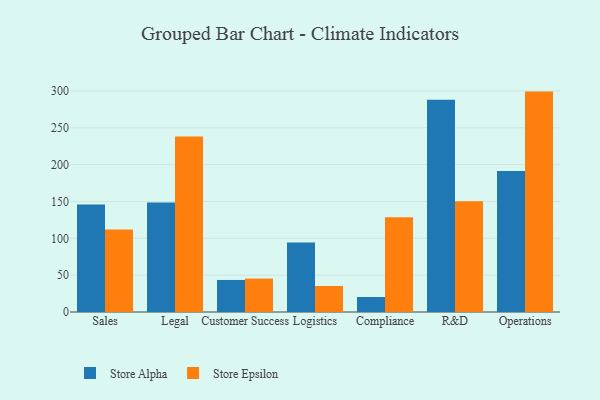
{"axis": {"x": "Department", "y": "Tickets Resolved"}, "legend": ["Store Alpha", "Store Epsilon"], "data": [{"x": "Sales", "y": 145.9, "type": "Store Alpha"}, {"x": "Sales", "y": 111.9, "type": "Store Epsilon"}, {"x": "Legal", "y": 148.6, "type": "Store Alpha"}, {"x": "Legal", "y": 238.1, "type": "Store Epsilon"}, {"x": "Customer Success", "y": 43.5, "type": "Store Alpha"}, {"x": "Customer Success", "y": 45.4, "type": "Store Epsilon"}, {"x": "Logistics", "y": 94.4, "type": "Store Alpha"}, {"x": "Logistics", "y": 35.3, "type": "Store Epsilon"}, {"x": "Compliance", "y": 20.4, "type": "Store Alpha"}, {"x": "Compliance", "y": 128.5, "type": "Store Epsilon"}, {"x": "R&D", "y": 288.2, "type": "Store Alpha"}, {"x": "R&D", "y": 150.3, "type": "Store Epsilon"}, {"x": "Operations", "y": 191.2, "type": "Store Alpha"}, {"x": "Operations", "y": 299.1, "type": "Store Epsilon"}]}